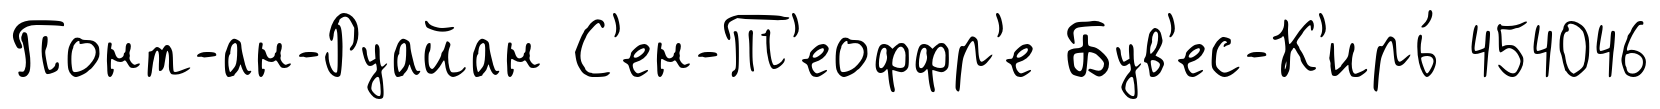
Понт-ан-Руайан С'ен-Т'еоффр'е Був'ес-К'ирь́ 454046